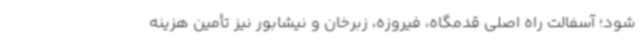
شود؛ آسفالت راه اصلی قدمگاه، فیروزه، زبرخان و نیشابور نیز تأمین هزینه